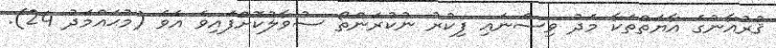
ޤުރުއާނުގެ އާޔަތްތަކާ މެދު ވިސްނައި ފިކުރު ނުކުރަންތޯ ސުވާލުކޮށްފައިވެ އެވެ (މުޙައްމަދު 24).